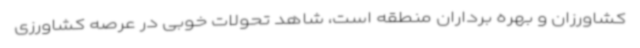
کشاورزان و بهره برداران منطقه است، شاهد تحولات خوبی در عرصه کشاورزی